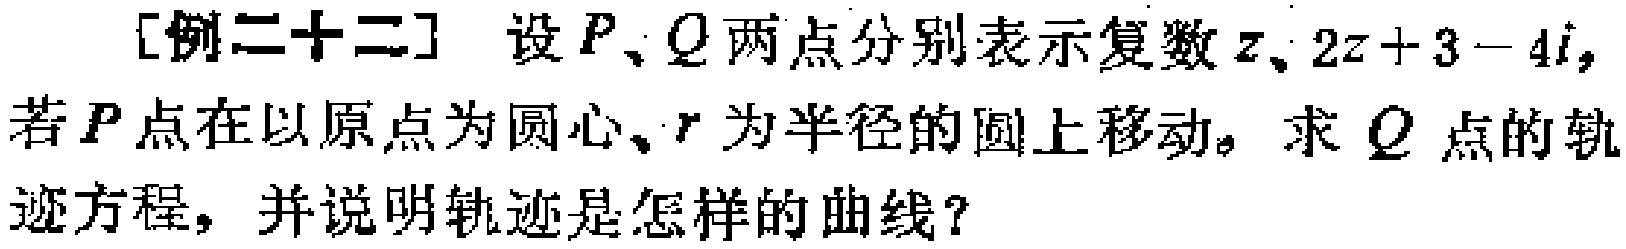
[例二十二] 设 \(P、Q\) 两点分别表示复数 \(z、2z + 3 - 4i\)，若 \(P\) 点在以原点为圆心、\(r\) 为半径的圆上移动，求 \(Q\) 点的轨迹方程，并说明轨迹是怎样的曲线？